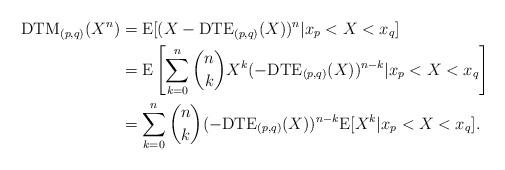
LaTeX: \begin{align*}\mathrm{DTM}_{(p,q)}(X^{n})&=\mathrm{E}[(X-\mathrm{DTE}_{(p,q)}(X))^{n}|x_{p}<X<x_{q}]\\&=\mathrm{E}\left[\sum_{k=0}^{n}\binom{n}{k}X^{k}(-\mathrm{DTE}_{(p,q)}(X))^{n-k}|x_{p}<X<x_{q}\right]\\&=\sum_{k=0}^{n}\binom{n}{k}(-\mathrm{DTE}_{(p,q)}(X))^{n-k}\mathrm{E}[X^{k}|x_{p}<X<x_{q}].\end{align*}